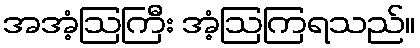
အအံ့ဩကြီး အံ့ဩကြရသည်။